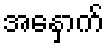
အနှောက်